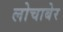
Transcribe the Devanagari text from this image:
लोचाबेर